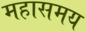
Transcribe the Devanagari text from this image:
महासमय